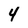
Character: 4